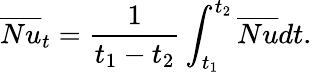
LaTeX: \overline{{Nu}}_{t}=\frac{1}{t_{1}-t_{2}}\int_{t_{1}}^{t_{2}}\overline{{Nu}}dt.